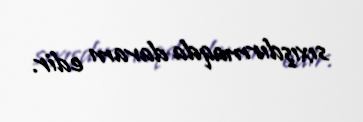
sıxışdırmaqda davam edir.